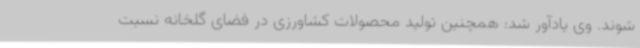
‌شوند. وی یادآور شد: همچنین تولید محصولات کشاورزی در فضای گلخانه نسبت